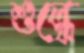
শুল্কে